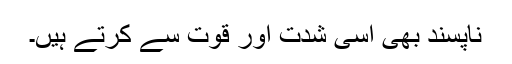
ناپسند بھی اسی شدت اور قوت سے کرتے ہیں۔